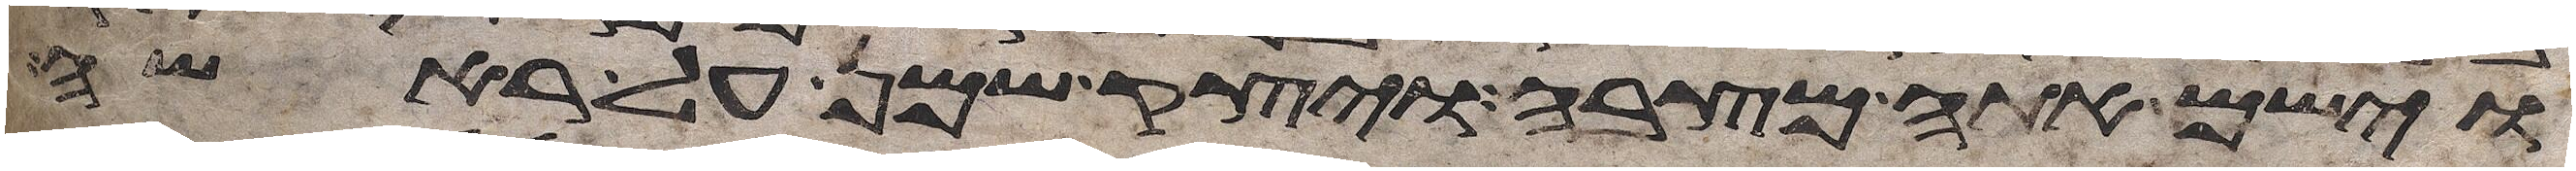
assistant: וישם אתה מצבה ויצק שמן על ראשה